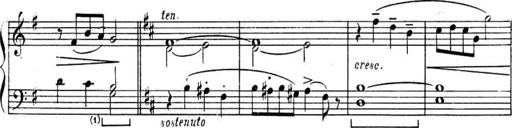
Title: Sonatines
Composer: Hedwige ChrÃ©tien